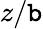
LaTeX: z/\mathtt{b}